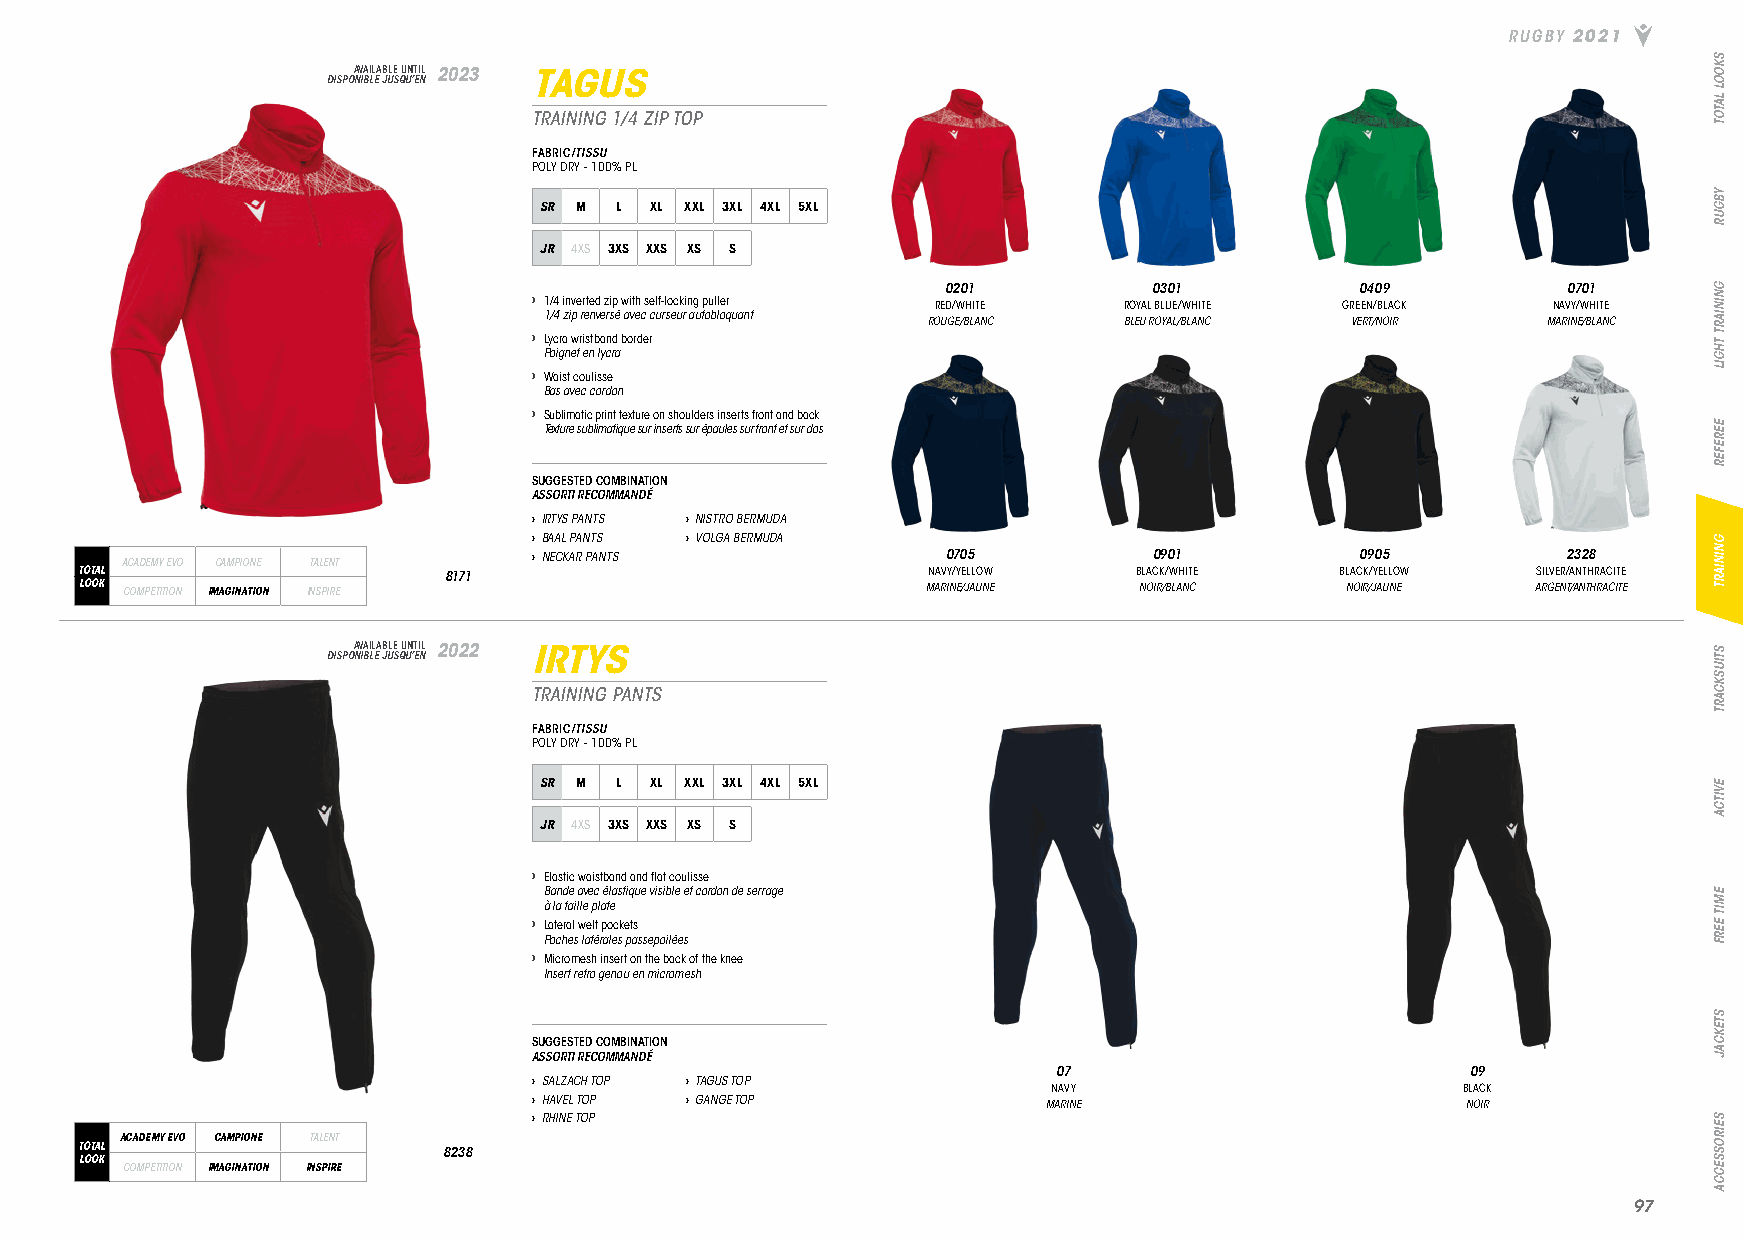
RUGBY 2021
 DISPOA NV IBA LIL EA JB ULE S QU UN ’T EI NL 2023 TAGUS
 TRAINING 1/4 ZIP TOP
 FABRIC/TISSU
 POLY DRY - 100% PL
 SR M L XL XXL 3XL 4XL 5XL
 JR 4XS 3XS XXS XS S
 0201         0301          0409          0701
 › 1/4 inverted zip with self-locking puller RED/WHITE ROYAL BLUE/WHITE GREEN/BLACK NAVY/WHITE
 1/4 zip renversé avec curseur autobloquant
 ROUGE/BLANC  BLEU ROYAL/BLANC VERT/NOIR  MARINE/BLANC
 › Lycra wristband border
 Poignet en lycra
 › Waist coulisse
 Bas avec cordon
 › Sublimatic print texture on shoulders inserts front and back
 Texture sublimatique sur inserts sur épaules sur front et sur dos
 SUGGESTED COMBINATION
 ASSORTI RECOMMANDÉ
 › IRTYS PANTS › NISTRO BERMUDA
 › BAAL PANTS › VOLGA BERMUDA
 ACADEMY EVO CAMPIONE TALENT › NECKAR PANTS             0705         0901          0905          2328
 TOTAL                   8171                            NAVY/YELLOW   BLACK/WHITE   BLACK/YELLOW SILVER/ANTHRACITE
 LOOK COMPETITION IMAGINATION INSPIRE                    MARINE/JAUNE  NOIR/BLANC    NOIR/JAUNE   ARGENT/ANTHRACITE
 DISPOA NV IBA LIL EA JB ULE S QU UN ’T EI NL 2022 IRTYS
 TRAINING PANTS
 FABRIC/TISSU
 POLY DRY - 100% PL
 SR M L XL XXL 3XL 4XL 5XL
 JR 4XS 3XS XXS XS S
 › Elastic waistband and flat coulisse
 Bande avec élastique visible et cordon de serrage
 à la taille plate
 › Lateral welt pockets
 Poches latérales passepoilées
 › Micromesh insert on the back of the knee
 Insert retro genou en micromesh
 SUGGESTED COMBINATION
 ASSORTI RECOMMANDÉ
 07                         09
 › SALZACH TOP › TAGUS TOP
 NAVY                       BLACK
 › HAVEL TOP › GANGE TOP           MARINE                      NOIR
 › RHINE TOP
 ACADEMY EVO CAMPIONE TALENT
 TOTAL                   8238
 LOOK
 COMPETITION IMAGINATION INSPIRE
 9977
 SKOOL
 LATOT
 YBGUR
 GNINIART
 THGIL
 EEREFER
 GNINIART
 STIUSKCART
 EVITCA
 EMIT
 EERF
 STEKCAJ
 SEIROSSECCA